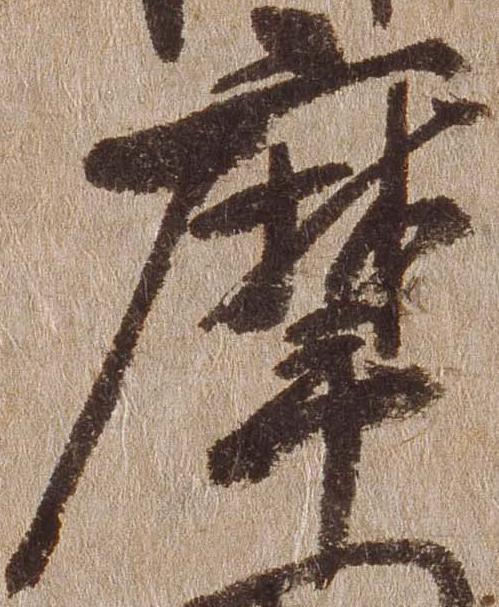
摩